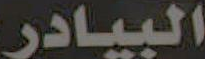
البيادر